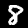
Digit: 8